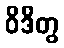
ဝိဒိတွ